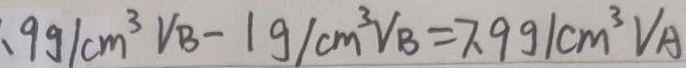
. 9 g / c m ^ { 3 } V _ { B } - \lg g / c m ^ { 3 } V _ { B } = 7 . 9 g / c m ^ { 3 } V A